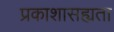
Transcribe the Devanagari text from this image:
प्रकाशासह्यता